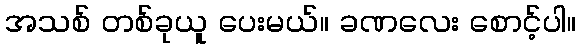
အသစ် တစ်ခုယူ ပေးမယ်။ ခဏလေး စောင့်ပါ။